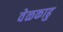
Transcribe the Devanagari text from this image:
वेळकाढु